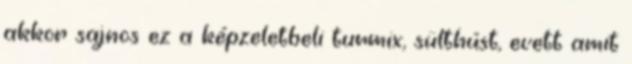
akkor sajnos ez a képzeletbeli turmix, sülthúst, evett amit